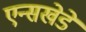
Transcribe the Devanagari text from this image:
एन्सखेडे